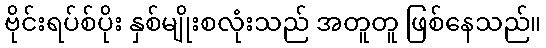
ဗိုင်းရပ်စ်ပိုး နှစ်မျိုးစလုံးသည် အတူတူ ဖြစ်နေသည်။